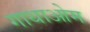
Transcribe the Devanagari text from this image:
गाथाओम